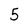
Character: 5